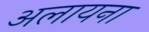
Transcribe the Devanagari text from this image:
अलायना